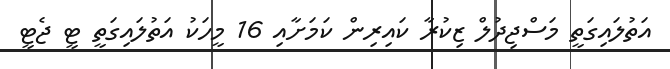
އަތުލައިގަތީ މަސްޖިދުލް ޒިކުރާ ކައިރިން ކަމަށާއި 16 މީހަކު އަތުލައިގަތީ ޓީ ޖެޓީ